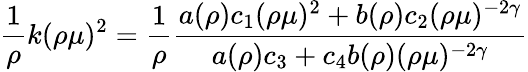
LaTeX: \frac{1}{\rho}k(\rho\mu)^{2}=\left.\frac{1}{\rho}\frac{a(\rho)c_{1}(\rho\mu)^{2}+b(\rho)c_{2}(\rho\mu)^{-2\gamma}}{a(\rho)c_{3}+c_{4}b(\rho)(\rho\mu)^{-2\gamma}}\right.